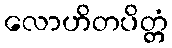
လောဟိတပိတ္တံ